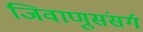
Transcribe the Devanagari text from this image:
जिवाणूसंसर्ग